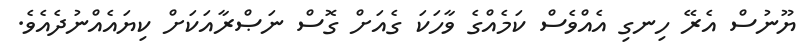
ޔޫނުސް އެރޭ ހިނގި އެއްވެސް ކަމެއްގެ ވާހަކަ ގެއަށް ގޮސް ނަޞްރާއަކަށް ކިޔައެއްނުދެއެވެ.